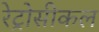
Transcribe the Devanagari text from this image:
रेट्रोसीकल